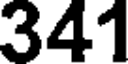
341